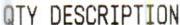
QTY DESCRIPTION